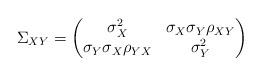
LaTeX: \begin{align*}\Sigma_{XY}=\begin{pmatrix} \sigma_X^2 & \sigma_X \sigma_Y \rho_{XY} \\ \sigma_Y \sigma_X \rho_{YX} & \sigma_Y^2 \end{pmatrix} \end{align*}